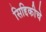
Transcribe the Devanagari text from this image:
सिद्दिकीचे